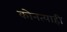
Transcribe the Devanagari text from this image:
कोनत्याही